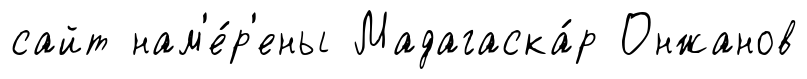
сайт нам'е́р'ены Мадагаска́р Онжанов